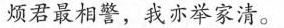
烦君最相警，我亦举家清。